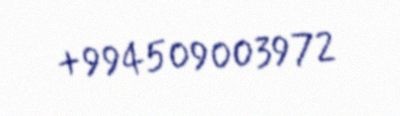
+994509003972